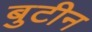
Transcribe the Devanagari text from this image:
बुटीन